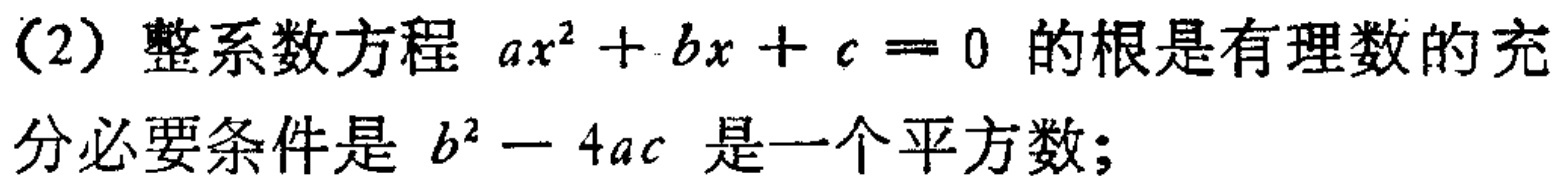
(2) 整系数方程 \(ax^{2}+bx + c = 0\) 的根是有理数的充分必要条件是 \(b^{2}-4ac\) 是一个平方数;